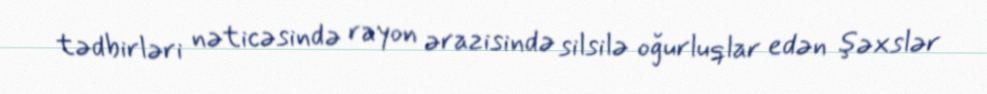
tədbirləri nəticəsində rayon ərazisində silsilə oğurluqlar edən şəxslər